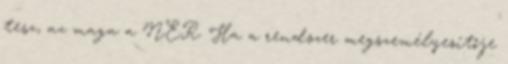
tesz, az maga a NER. Ha a rendszer megszemélyesítője